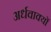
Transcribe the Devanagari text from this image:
अर्धवाक्यों